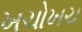
ખચોખચ